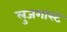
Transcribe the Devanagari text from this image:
लुजगास्ट